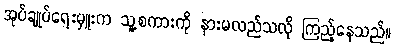
အုပ်ချုပ်ရေးမှူးက သူ့စကားကို နားမလည်သလို ကြည့်နေသည်။